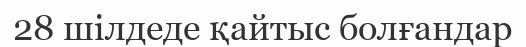
28 шілдеде қайтыс болғандар